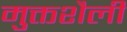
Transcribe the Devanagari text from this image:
मुक्तशैली